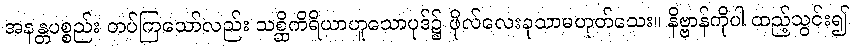
အနန္တပစ္စည်း တပ်ကြသော်လည်း သစ္ဆိကိရိယာဟူသောပုဒ်၌ ဖိုလ်လေးခုသာမဟုတ်သေး။ နိဗ္ဗာန်ကိုပါ ထည့်သွင်း၍